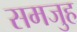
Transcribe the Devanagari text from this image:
समजुह